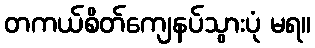
တကယ်စိတ်ကျေနပ်သွားပုံ မရ။